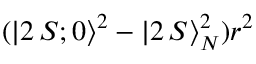
( | 2 \, S ; 0 \rangle ^ { 2 } - | 2 \, S \rangle _ { N } ^ { 2 } ) r ^ { 2 }